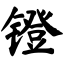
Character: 镫